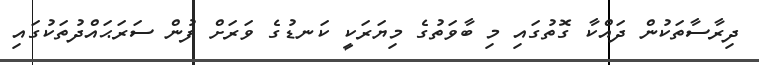
ދިރާސާތަކުން ދައްކާ ގޮތުގައި މި ބާވަތުގެ މިޔަރަކީ ކަނޑުގެ ވަރަށް ފުން ސަރަޙައްދުތަކުގައި